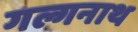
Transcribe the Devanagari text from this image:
गल्गनाथ